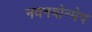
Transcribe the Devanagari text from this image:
नवनवोन्मेष